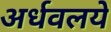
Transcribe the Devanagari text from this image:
अर्धवलये